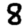
Digit: 8